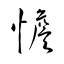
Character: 憺